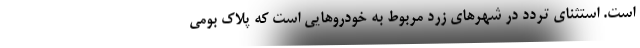
است. استثنای تردد در شهرهای زرد مربوط به خودروهایی است که پلاک بومی